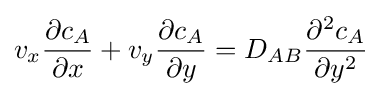
v_{x}{\partial c_{A} \over \partial x}+v_{y}{\partial c_{A} \over \partial y}=D_{AB}{\partial ^{2}c_{A} \over \partial y^{2}}